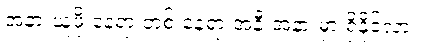
အနားယူဖို့ နေရာ တစ် နေရာ အနီးအနားမှာ ရှိနိုင်လား။